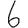
Digit: 6